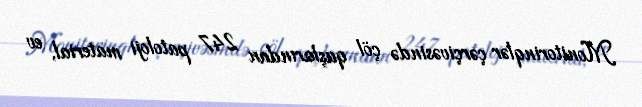
Monitorinqlər çərçivəsində çöl quşlarından 247 patoloji material, ev